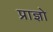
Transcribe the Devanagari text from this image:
प्राज्ञो